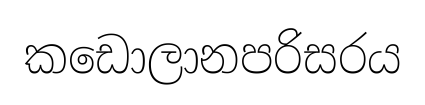
කඩොලානපරිසරය